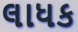
લાધક